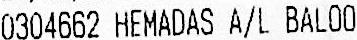
0304662 HEMADAS A/L BALOO